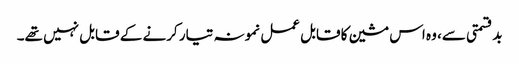
بدقسمتی سے، وہ اس مشین کا قابل عمل نمونہ تیار کرنے کے قابل نہیں تھے۔